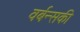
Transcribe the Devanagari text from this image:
वर्बन्सकी